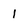
Character: 1